Leningradi_Edasi_toimetus, lk 67
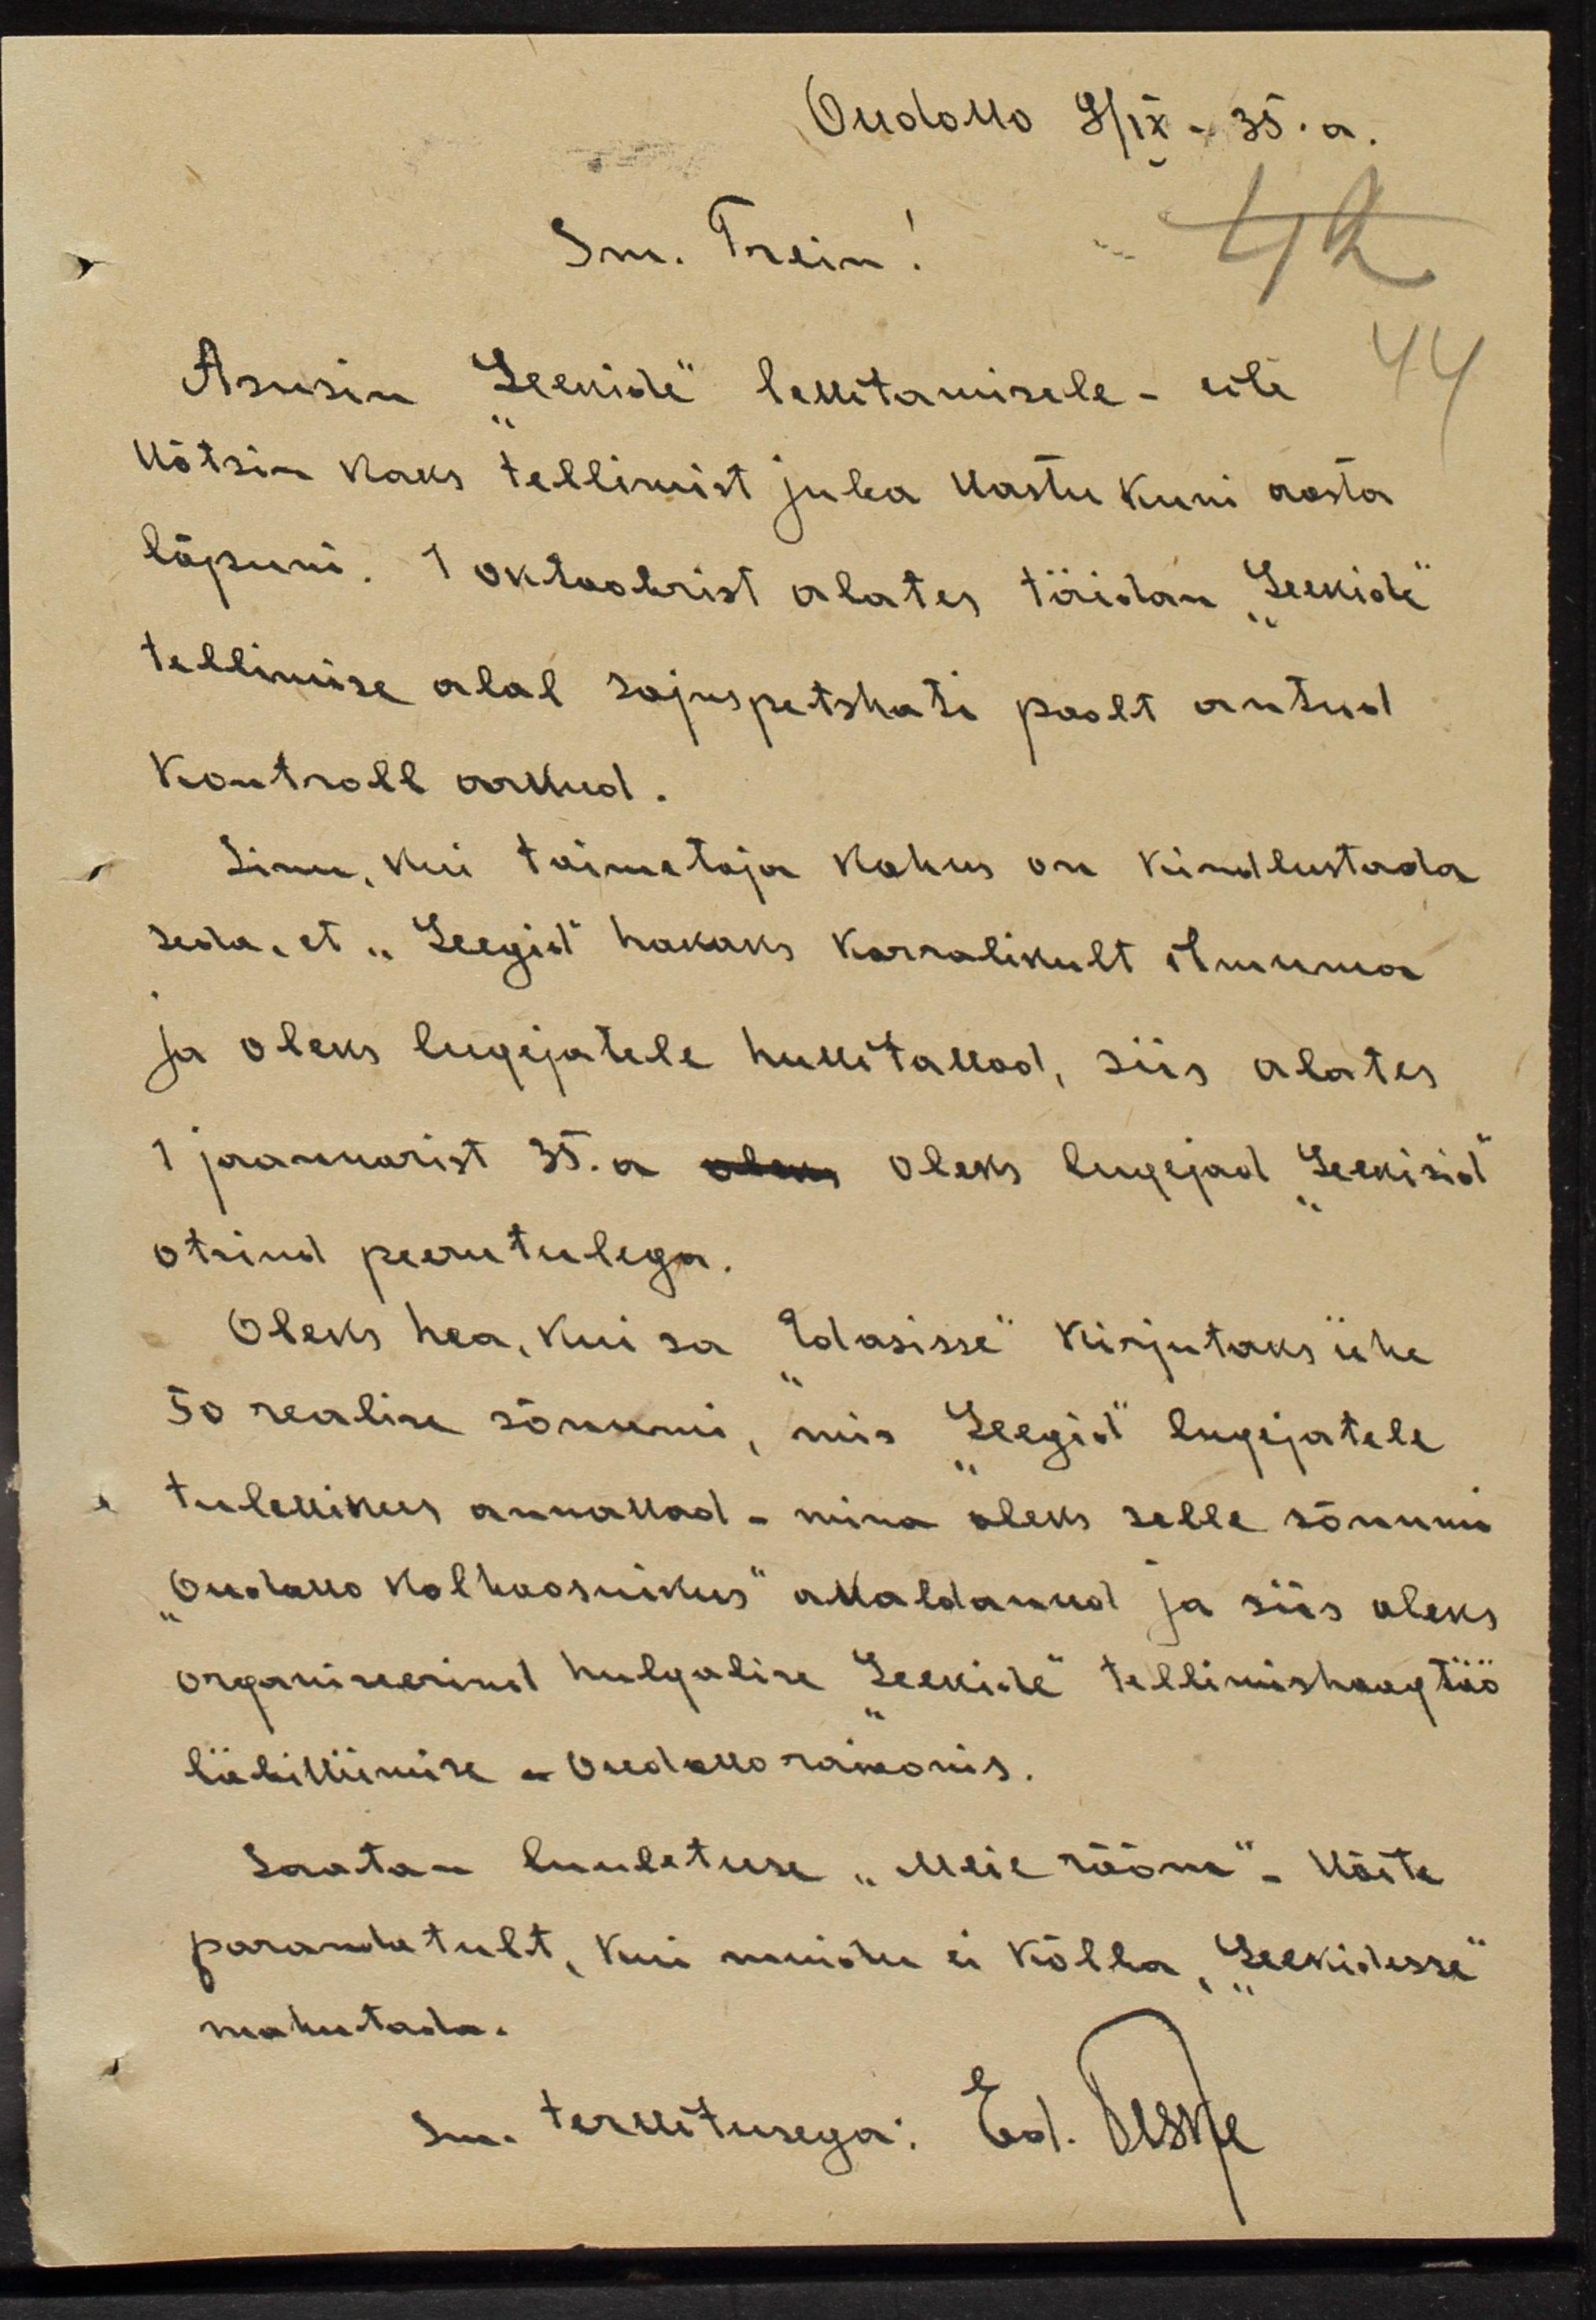
Oudova 31IX - 35.a.
Sm. Treim!
Asusin "Leekide" levitamisele - üle
võtsin naus tellimist juba vastu kuni aasta
lõpuni. 1 oktoobrist alates täidan "Leekide"
tellimise alal sojuspetskati poolt antud
kontroll arvud.
Sinu, kui toimetaja kohus on kindlustada 
seda, et "Leegid" hakaks korralikult ilmuma
ja oleks lugejatele huvitavad, siis alates
1 jaanuarist 35.a oleks lugejal "Leekisid"
otsinud peerutulega.
Oleks hea, kui sa "Edasisse" kirjutaks üje
50 realise sõnumi, mis "Leegid" lugejatele
tulevikus annavad - mina oleks selle sõnumi
"Oudova Kolhoosnikuks" avaldanud ja siis oleks 
organiseerinud hulgalise "Leekide" tellimiskaugtöö
liikumise Oudova raioonis.
Saatan luuletuse "Meie rõõm" - võitee
parandatult, kui muidu ei kõlba "Leekidesse"
mahutada sm. tervitusega: Ed. Veske
sm. tervitusega: Ed. Veske